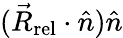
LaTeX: ({\vec{R}_{\mathrm{rel}}}\cdot{\hat{n}}){\hat{n}}